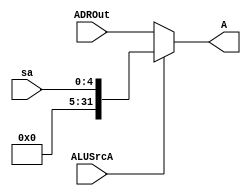
module mux_A(
    input [31:0] ADROut,
    input [4:0]sa,
    input ALUSrcA,//0:data1 1:sa
    output [31:0] A
    );
    assign A = (ALUSrcA == 0)?ADROut:{6'h000000,3'b000,sa};
endmodule